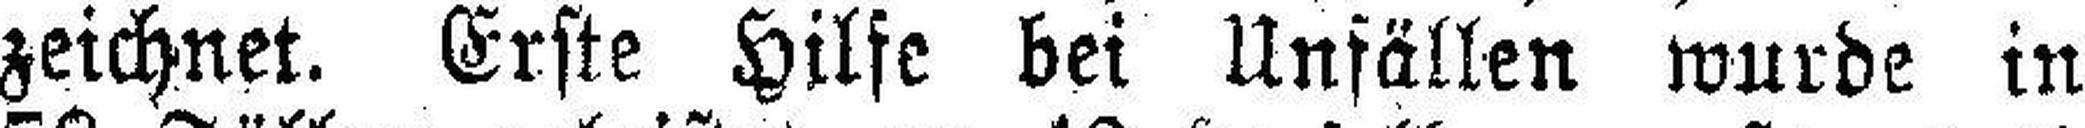
zeichnet. Erste Hilfe bei Unfällen wurde in